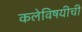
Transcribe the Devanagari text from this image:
कलेविषयीची